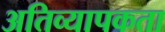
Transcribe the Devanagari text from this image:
अतिव्यापकता